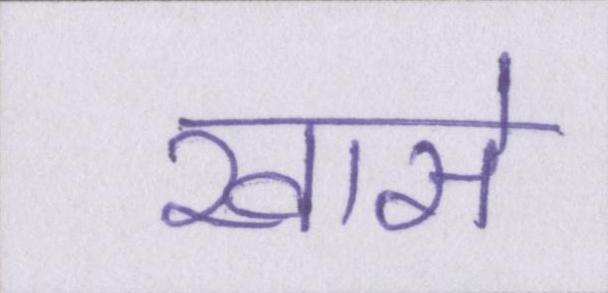
खासे